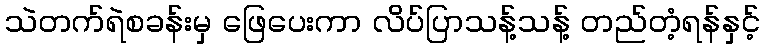
သဲတက်ရဲစခန်းမှ ဖြေပေးကာ လိပ်ပြာသန့်သန့် တည်တံ့ရန်နှင့်